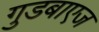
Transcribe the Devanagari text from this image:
गुडबाएज